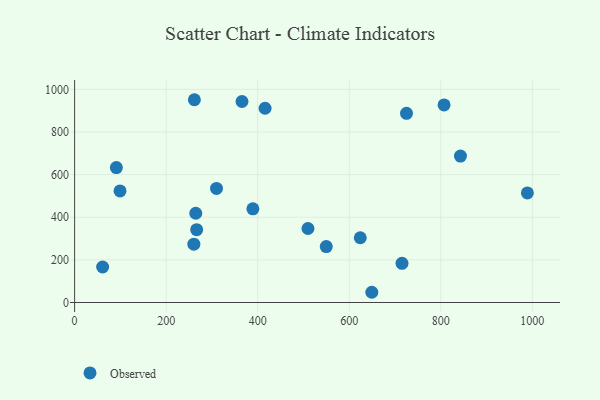
{"axis": {"x": "Price", "y": "Yield"}, "legend": ["Observed"], "data": [{"x": "725.1", "y": 887.6, "type": "Observed"}, {"x": "624.1", "y": 303.8, "type": "Observed"}, {"x": "843.0", "y": 687.0, "type": "Observed"}, {"x": "649.3", "y": 48.0, "type": "Observed"}, {"x": "61.2", "y": 166.5, "type": "Observed"}, {"x": "266.7", "y": 341.6, "type": "Observed"}, {"x": "365.7", "y": 943.0, "type": "Observed"}, {"x": "509.8", "y": 347.3, "type": "Observed"}, {"x": "715.3", "y": 183.9, "type": "Observed"}, {"x": "91.2", "y": 632.8, "type": "Observed"}, {"x": "389.5", "y": 439.3, "type": "Observed"}, {"x": "549.8", "y": 262.3, "type": "Observed"}, {"x": "807.2", "y": 926.7, "type": "Observed"}, {"x": "261.7", "y": 951.3, "type": "Observed"}, {"x": "416.1", "y": 911.4, "type": "Observed"}, {"x": "260.5", "y": 273.5, "type": "Observed"}, {"x": "264.7", "y": 418.8, "type": "Observed"}, {"x": "99.2", "y": 523.5, "type": "Observed"}, {"x": "310.0", "y": 535.4, "type": "Observed"}, {"x": "989.2", "y": 514.2, "type": "Observed"}]}